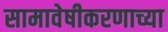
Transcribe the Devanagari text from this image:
सामावेषीकरणाच्या